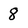
Character: 8